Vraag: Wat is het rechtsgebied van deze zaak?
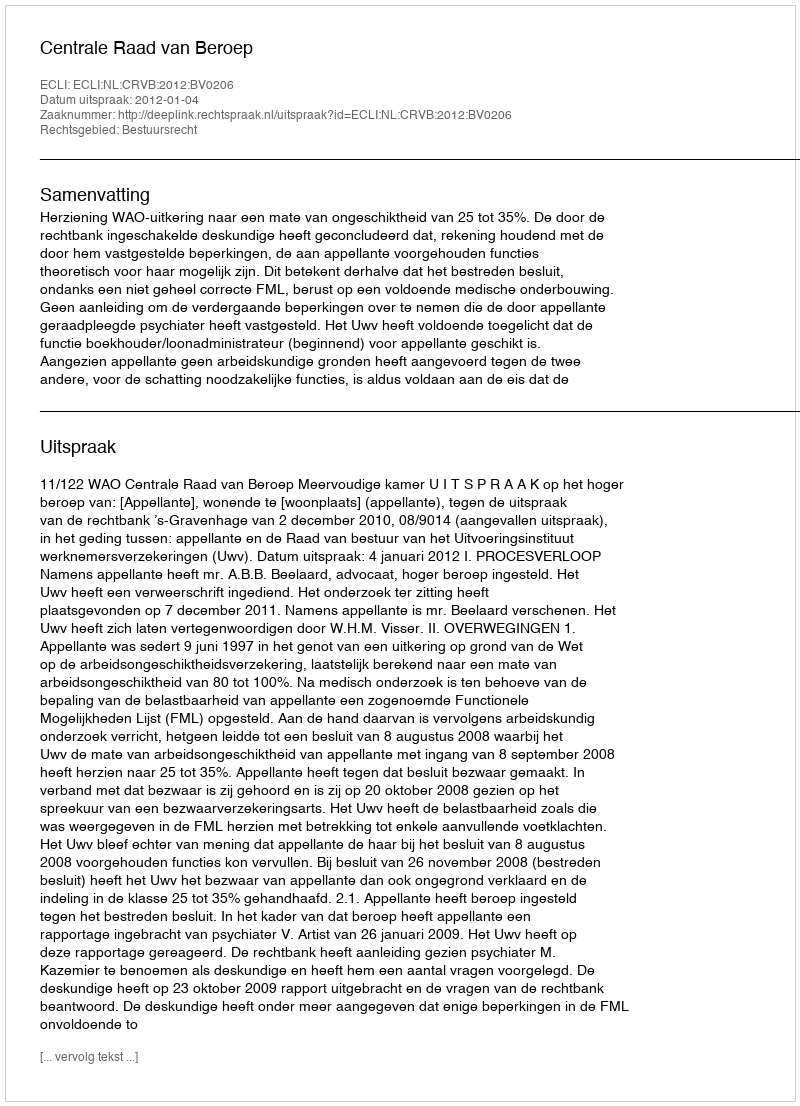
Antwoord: Bestuursrecht